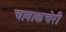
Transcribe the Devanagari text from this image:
चावाकचेरी